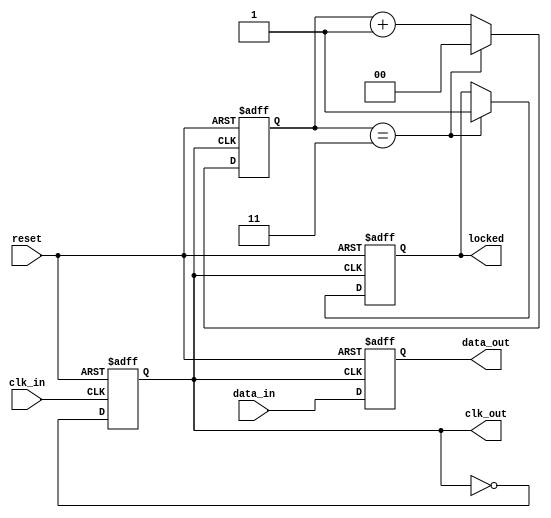
module PLL_Synchronizer (
    input wire clk_in,       // Incoming clock signal
    input wire reset,        // Reset signal
    input wire data_in,      // Incoming data signal
    output reg clk_out,      // Output clock signal
    output reg data_out,     // Synchronized output data signal
    output reg locked        // Lock indication
);

// Parameters for the PLL
parameter DIV_FACTOR = 4; // Frequency divider factor

// Internal signals
reg [1:0] phase_error;       // Phase error signal
reg [1:0] vco_control;       // Control signal for VCO
reg [1:0] vco_output;        // VCO output signal
reg [1:0] loop_filter;       // Loop filter output

// Phase Detector
always @(posedge clk_in or posedge reset) begin
    if (reset) begin
        phase_error <= 2'b00;
    end else begin
        // Simple phase comparison logic
        if (vco_output < 2'b10) begin
            phase_error <= phase_error + 1;
        end else if (vco_output > 2'b10) begin
            phase_error <= phase_error - 1;
        end
    end
end

// Voltage-Controlled Oscillator (VCO)
always @(posedge clk_in or posedge reset) begin
    if (reset) begin
        vco_output <= 2'b00;
        clk_out <= 0;
    end else begin
        // VCO control logic based on phase error
        vco_control <= phase_error;
        vco_output <= vco_output + vco_control; // Simple VCO model
        clk_out <= ~clk_out; // Toggle output clock on each VCO output
    end
end

// Loop Filter
always @(posedge clk_in or posedge reset) begin
    if (reset) begin
        loop_filter <= 2'b00;
    end else begin
        // Simple loop filter logic
        loop_filter <= loop_filter + phase_error;
    end
end

// Frequency Divider
reg [1:0] divider_counter;
always @(posedge clk_out or posedge reset) begin
    if (reset) begin
        divider_counter <= 2'b00;
        locked <= 0;
    end else begin
        if (divider_counter == DIV_FACTOR - 1) begin
            divider_counter <= 2'b00;
            locked <= 1; // Indicate that PLL is locked
        end else begin
            divider_counter <= divider_counter + 1;
        end
    end
end

// Data Sampling
always @(posedge clk_out or posedge reset) begin
    if (reset) begin
        data_out <= 0;
    end else begin
        // Sample incoming data
        data_out <= data_in; // Sample incoming data on VCO output clock
    end
end

endmodule